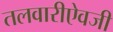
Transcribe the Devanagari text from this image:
तलवारीऐवजी